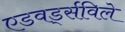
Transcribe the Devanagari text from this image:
एडवर्ड्सविले